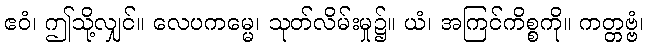
ဧဝံ၊ ဤသို့လျှင်။ လေပကမ္မေ၊ သုတ်လိမ်းမှု၌။ ယံ၊ အကြင်ကိစ္စကို။ ကတ္တဗ္ဗံ၊